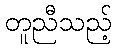
တူညီသည့်